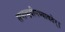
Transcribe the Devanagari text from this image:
सप्तऋषीनभ्यावतेर्।